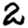
Digit: 2